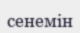
сенемін